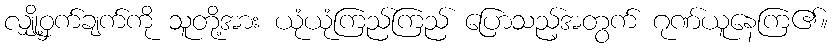
လျှို့ဝှက်ချက်ကို သူတို့အား ယုံယုံကြည်ကြည် ပြောသည့်အတွက် ဂုဏ်ယူနေကြ၏။